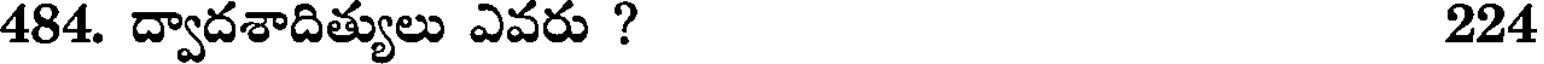
484. ద్వాదశాదిత్యులు ఎవరు ? 224